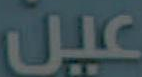
عين